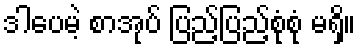
ဒါပေမဲ့ စာအုပ် ပြည့်ပြည့်စုံစုံ မရှိ။